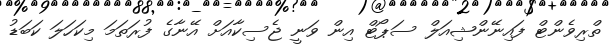
ތްރިވެންޓް ފައިނޭންޝިއަލް ސަޕޯޓް އިން ވަނީ ޖެސިކާއަށް އޭނާގެ ފުރަތަމަ މިކަހަލަ ކަބަޑު